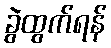
ခွဲထွက်ရန်